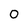
Character: 0